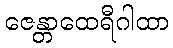
ဇေန္တာထေရီဂါထာ